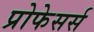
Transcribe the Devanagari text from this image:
प्रोफेसर्स